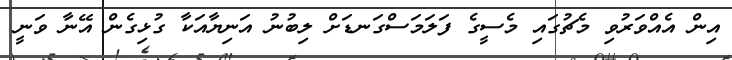
އިން އެއްވަރުވި މެޗުގައި މެސީގެ ފަލަމަސްގަނޑަށް ލިބުނު އަނިޔާއަކާ ގުޅިގެން އޭނާ ވަނީ